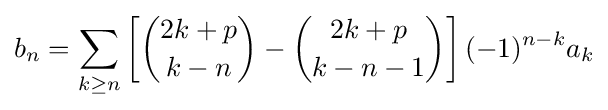
b_{n}=\sum _{k\geq n}\left[{\binom {2k+p}{k-n}}-{\binom {2k+p}{k-n-1}}\right](-1)^{n-k}a_{k}